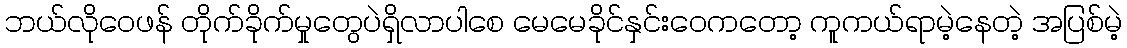
ဘယ်လိုဝေဖန် တိုက်ခိုက်မှုတွေပဲရှိလာပါစေ မေမေခိုင်နှင်းဝေကတော့ ကူကယ်ရာမဲ့နေတဲ့ အပြစ်မဲ့